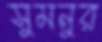
সুমনুর